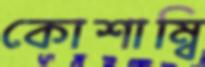
কোশাম্বি